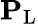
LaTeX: \mathbf{P}_{\mathrm{L}}